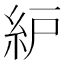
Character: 䋆